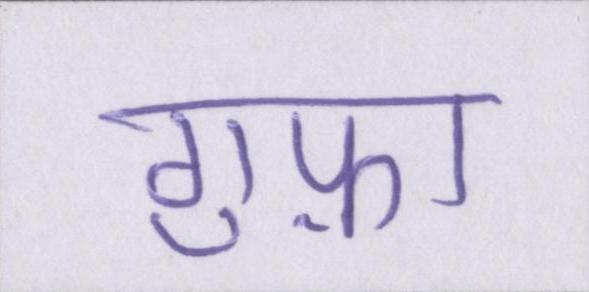
गुफ़ा